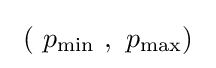
\ \left(\ p_{\min }\ ,\ p_{\max }\right)\